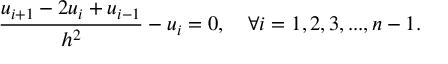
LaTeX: { \frac { u _ { i + 1 } - 2 u _ { i } + u _ { i - 1 } } { h ^ { 2 } } } - u _ { i } = 0 , \quad \forall i = { 1 , 2 , 3 , . . . , n - 1 } .